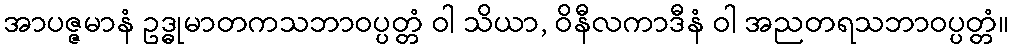
အာပဇ္ဇမာနံ ဥဒ္ဓုမာတကသဘာဝပ္ပတ္တံ ဝါ သိယာ, ဝိနီလကာဒီနံ ဝါ အညတရသဘာဝပ္ပတ္တံ။